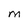
Character: M